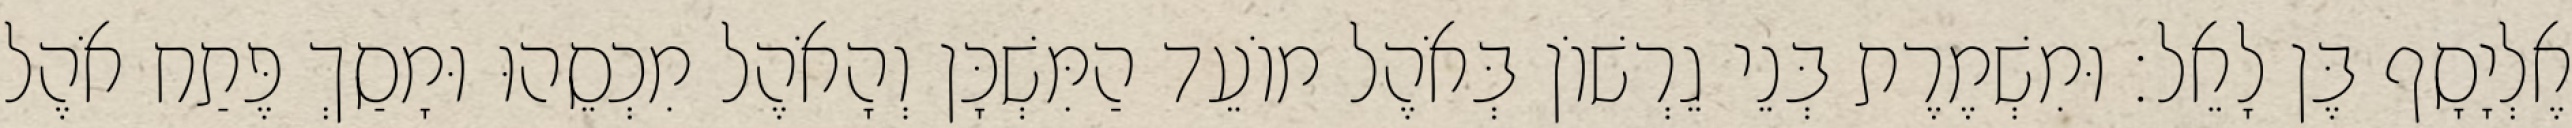
אֶלְיָסָף בֶּן לָאֵל׃ וּמִשְׁמֶרֶת בְּנֵי גֵרְשׁוֹן בְּאֹהֶל מוֹעֵד הַמִּשְׁכָּן וְהָאֹהֶל מִכְסֵהוּ וּמָסַךְ פֶּתַח אֹהֶל